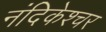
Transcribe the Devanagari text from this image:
नंदिकेश्चर